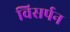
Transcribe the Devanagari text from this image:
विसर्पन